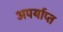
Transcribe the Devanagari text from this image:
अपर्याप्‍त